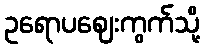
ဥရောပဈေးကွက်သို့